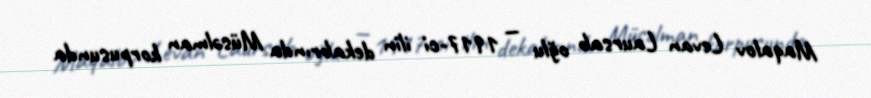
Maqalov Levan Laursab oğlu — 1917-ci ilin dekabrında Müsəlman korpusunda